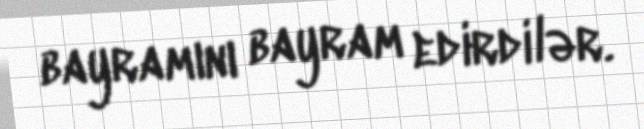
bayramını bayram edirdilər.